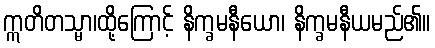
ဣတိတသ္မာ၊ထို့ကြောင့် နိက္ခမနီယော၊ နိက္ခမနီယမည်၏။